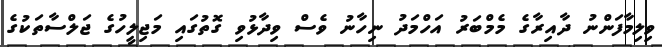
ވިލިމާފަންނު ދާއިރާގެ މެމްބަރު އަހްމަދު ނިހާނު ވެސް ވިދާޅުވި ގޮތުގައި މަޖިލީހުގެ ޖަލްސާތަކުގެ